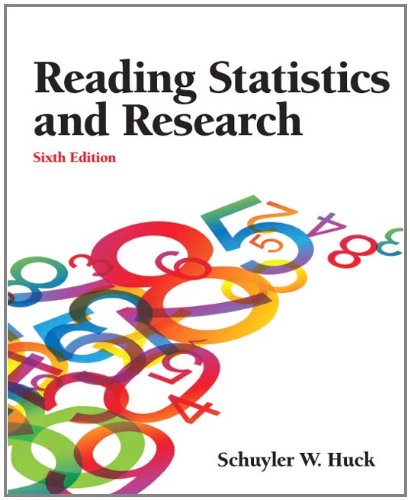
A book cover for Reading Statistics and Research (6th Edition); Schuyler W. Huck; Science & Math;